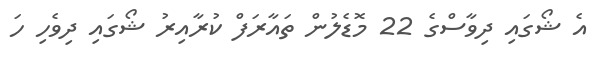
އެ ޝޯގައި ދިވާސްގެ 22 މޮޑެލުން ތައާރަފް ކުރާއިރު ޝޯގައި ދިވެހި ހަ